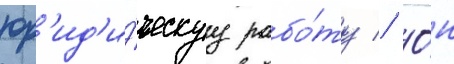
юр'ид'и́ческуу рабо́ту // О́н